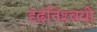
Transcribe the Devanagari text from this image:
दृढ़निश्‍चयी